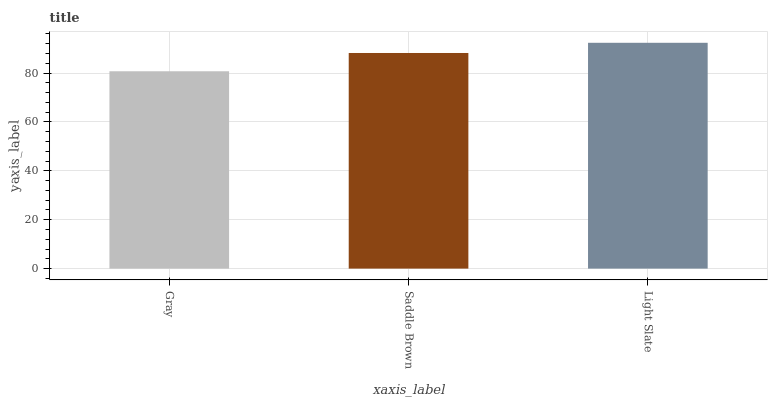
| xaxis_label | bars |
 | --- | --- |
 | Gray | 80.7 |
 | Saddle Brown | 88.2 |
 | Light Slate | 92.4 |